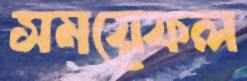
সময়েফল